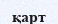
қарт